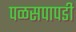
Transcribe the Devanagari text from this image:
पळसपापडी